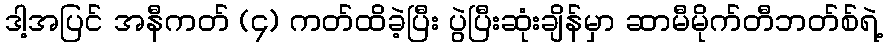
ဒါ့အပြင် အနီကတ် (၄) ကတ်ထိခဲ့ပြီး ပွဲပြီးဆုံးချိန်မှာ ဆာမီမိုက်တီဘတ်စ်ရဲ့